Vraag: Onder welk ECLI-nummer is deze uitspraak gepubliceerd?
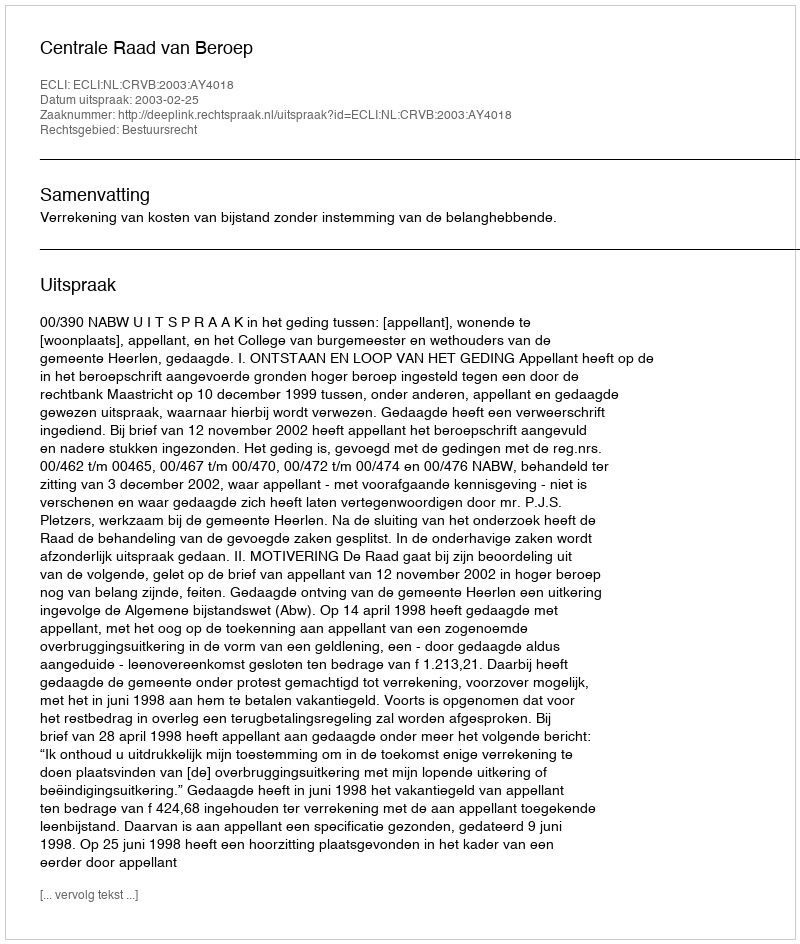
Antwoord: ECLI:NL:CRVB:2003:AY4018